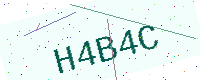
Text: H4B4C